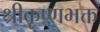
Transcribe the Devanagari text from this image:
श्रीकृष्णभक्त